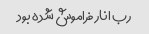
رب انار فراموش شده بود